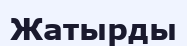
Жатырды